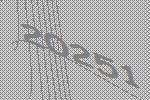
20251